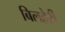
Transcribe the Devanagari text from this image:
बिलहेरी